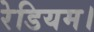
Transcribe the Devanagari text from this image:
रेडियम।